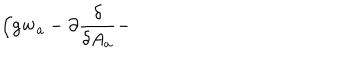
LaTeX: \Bigl ( g { \mathbf w } _ { a } - \partial { \frac { \delta } { \delta A _ { a } } } -